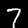
Digit: 7